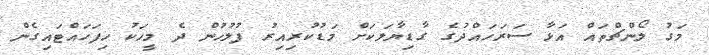
މަގު ލޯންޗްތައް އަޅާ ސަރަހައްދުގެ ގާޑިޔާލަކަށް މަޑުކުރިއިރު ފުލުހުން ދެ މީހަކު ހިފަހައްޓައިގެން